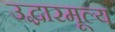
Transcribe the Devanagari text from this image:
उद्धारमूल्य